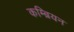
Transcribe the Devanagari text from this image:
कम्ब्रियन